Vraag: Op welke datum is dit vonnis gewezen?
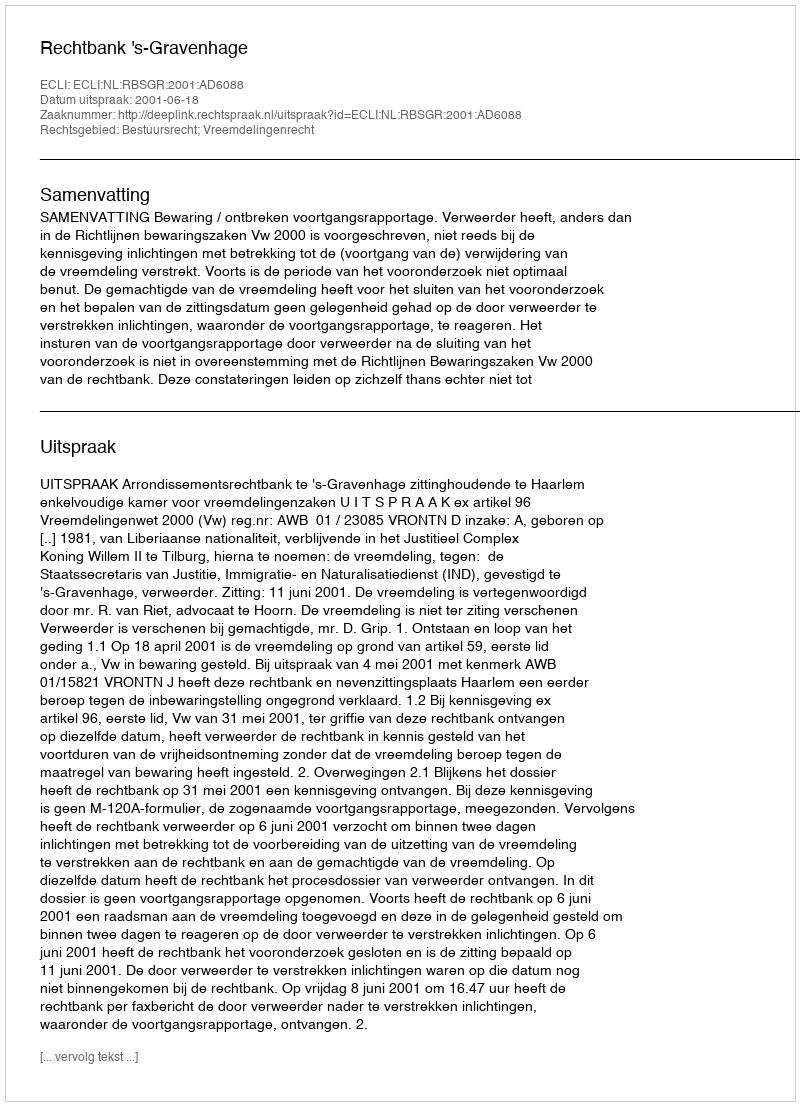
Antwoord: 2001-06-18